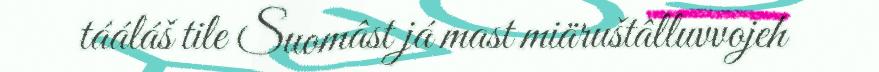
tááláš tile Suomâst já mast miäruštâlluvvojeh